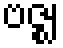
ဗဇ္ဈ